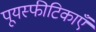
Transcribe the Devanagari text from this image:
पूयस्फीटिकाएँ